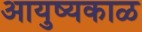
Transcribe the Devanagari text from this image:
आयुष्यकाळ